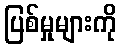
ပြစ်မှုများကို